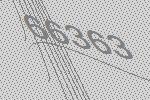
66363